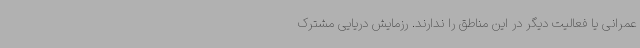
عمرانی یا فعالیت دیگر در این مناطق را ندارند. رزمایش دریایی مشترک